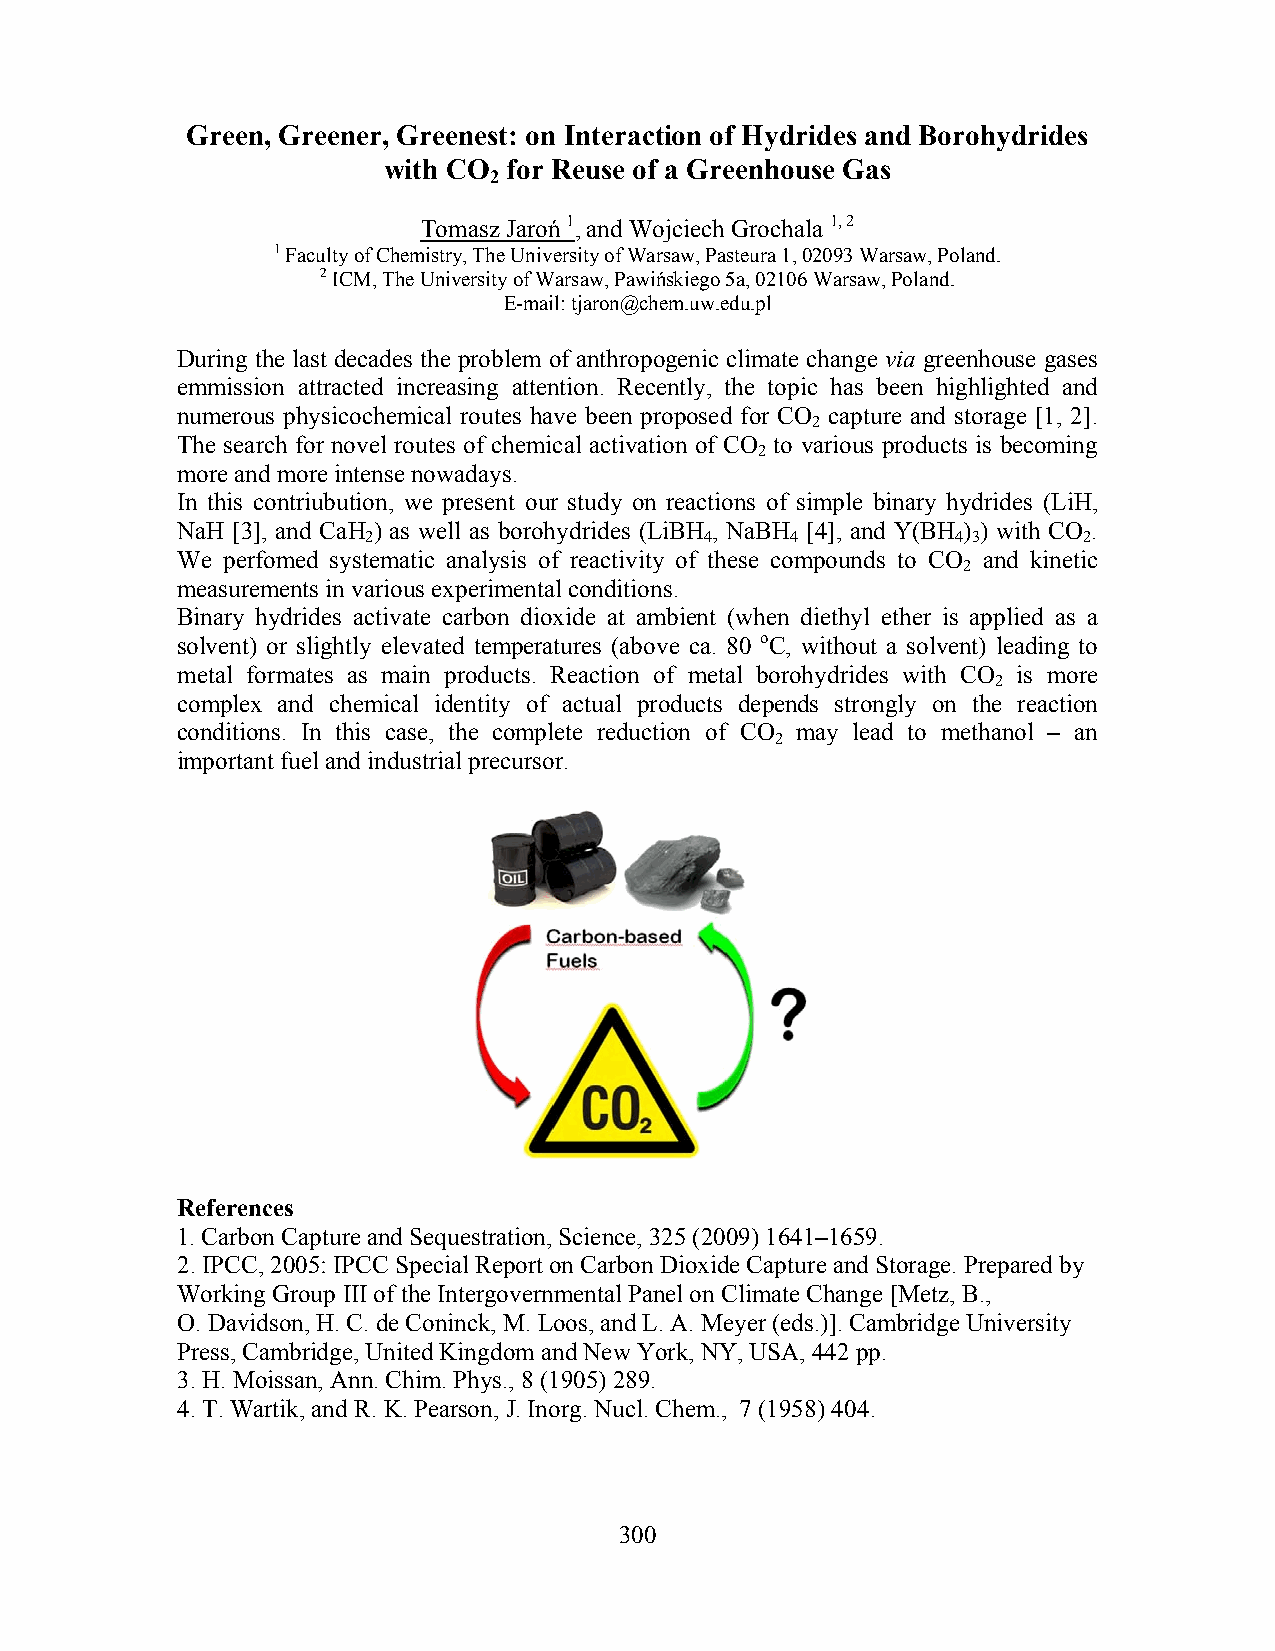
Green, Greener, Greenest: on Interaction of Hydrides and Borohydrides
 with CO  for Reuse of a Greenhouse Gas
 2
 Tomasz Jaroń 1, and Wojciech Grochala 1, 2
 1 Faculty of Chemistry, The University of Warsaw, Pasteura 1, 02093 Warsaw, Poland.
 2 ICM, The University of Warsaw, Pawińskiego 5a, 02106 Warsaw, Poland.
 E-mail: tjaron@chem.uw.edu.pl
 During the last decades the problem of anthropogenic climate change via greenhouse gases
 emmission attracted increasing attention. Recently, the topic has been highlighted and
 numerous physicochemical routes have been proposed for CO capture and storage [1, 2].
 2
 The search for novel routes of chemical activation of CO to various products is becoming
 2
 more and more intense nowadays.
 In this contriubution, we present our study on reactions of simple binary hydrides (LiH,
 NaH [3], and CaH ) as well as borohydrides (LiBH , NaBH [4], and Y(BH ) ) with CO .
 2                      4    4          4 3      2
 We perfomed systematic analysis of reactivity of these compounds to CO and kinetic
 2
 measurements in various experimental conditions.
 Binary hydrides activate carbon dioxide at ambient (when diethyl ether is applied as a
 solvent) or slightly elevated temperatures (above ca. 80 oC, without a solvent) leading to
 metal formates as main products. Reaction of metal borohydrides with CO is more
 2
 complex and chemical identity of actual products depends strongly on the reaction
 conditions. In this case, the complete reduction of CO may lead to methanol – an
 2
 important fuel and industrial precursor.
 References
 1. Carbon Capture and Sequestration, Science, 325 (2009) 1641–1659.
 2. IPCC, 2005: IPCC Special Report on Carbon Dioxide Capture and Storage. Prepared by
 Working Group III of the Intergovernmental Panel on Climate Change [Metz, B.,
 O. Davidson, H. C. de Coninck, M. Loos, and L. A. Meyer (eds.)]. Cambridge University
 Press, Cambridge, United Kingdom and New York, NY, USA, 442 pp.
 3. H. Moissan, Ann. Chim. Phys., 8 (1905) 289.
 4. T. Wartik, and R. K. Pearson, J. Inorg. Nucl. Chem., 7 (1958) 404.
 300